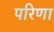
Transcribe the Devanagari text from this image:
परिणा